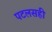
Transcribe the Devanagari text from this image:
पटलसही